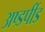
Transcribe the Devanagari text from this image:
अष्डपींड